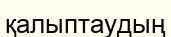
қалыптаудың